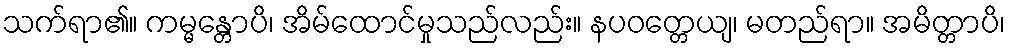
သက်ရာ၏။ ကမ္မန္တောပိ၊ အိမ်ထောင်မှုသည်လည်း။ နပဝတ္တေယျ၊ မတည်ရာ။ အမိတ္တာပိ၊